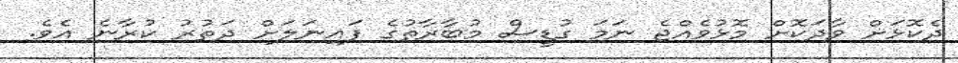
ދެކޮޅަށް ވާދަކޮށް މޮޅުވެއްޖެ ނަމަ ގުޑީސް މުބާރާތުގެ ފައިނަލަށް ދަތުރު ކުރާނެ އެވެ.